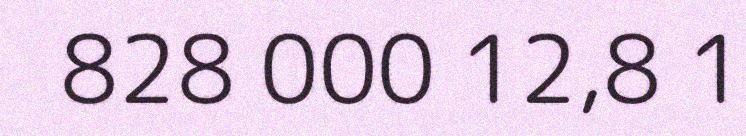
828 000 12,8 1